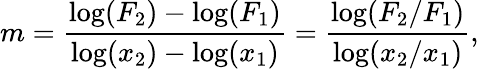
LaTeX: m={\frac{\mathrm{log}(F_{2})-\mathrm{log}(F_{1})}{\log(x_{2})-\log(x_{1})}}={\frac{\log(F_{2}/F_{1})}{\log(x_{2}/x_{1})}},